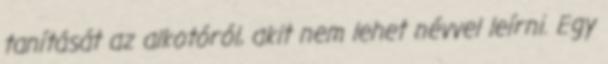
tanítását az alkotóról, akit nem lehet névvel leírni. Egy